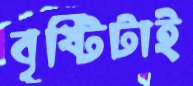
বৃষ্টিটাই